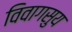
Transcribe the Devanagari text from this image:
विवागसुय